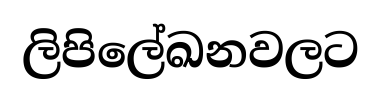
ලිපිලේඛනවලට